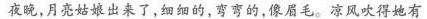
夜晚，月亮姑娘出来了，细细的，弯弯的，像眉毛。凉风吹得她有